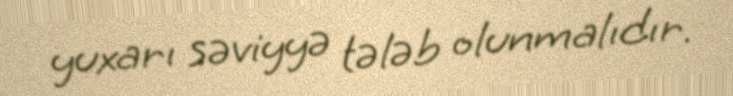
yuxarı səviyyə tələb olunmalıdır.